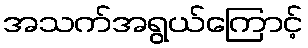
အသက်အရွယ်ကြောင့်